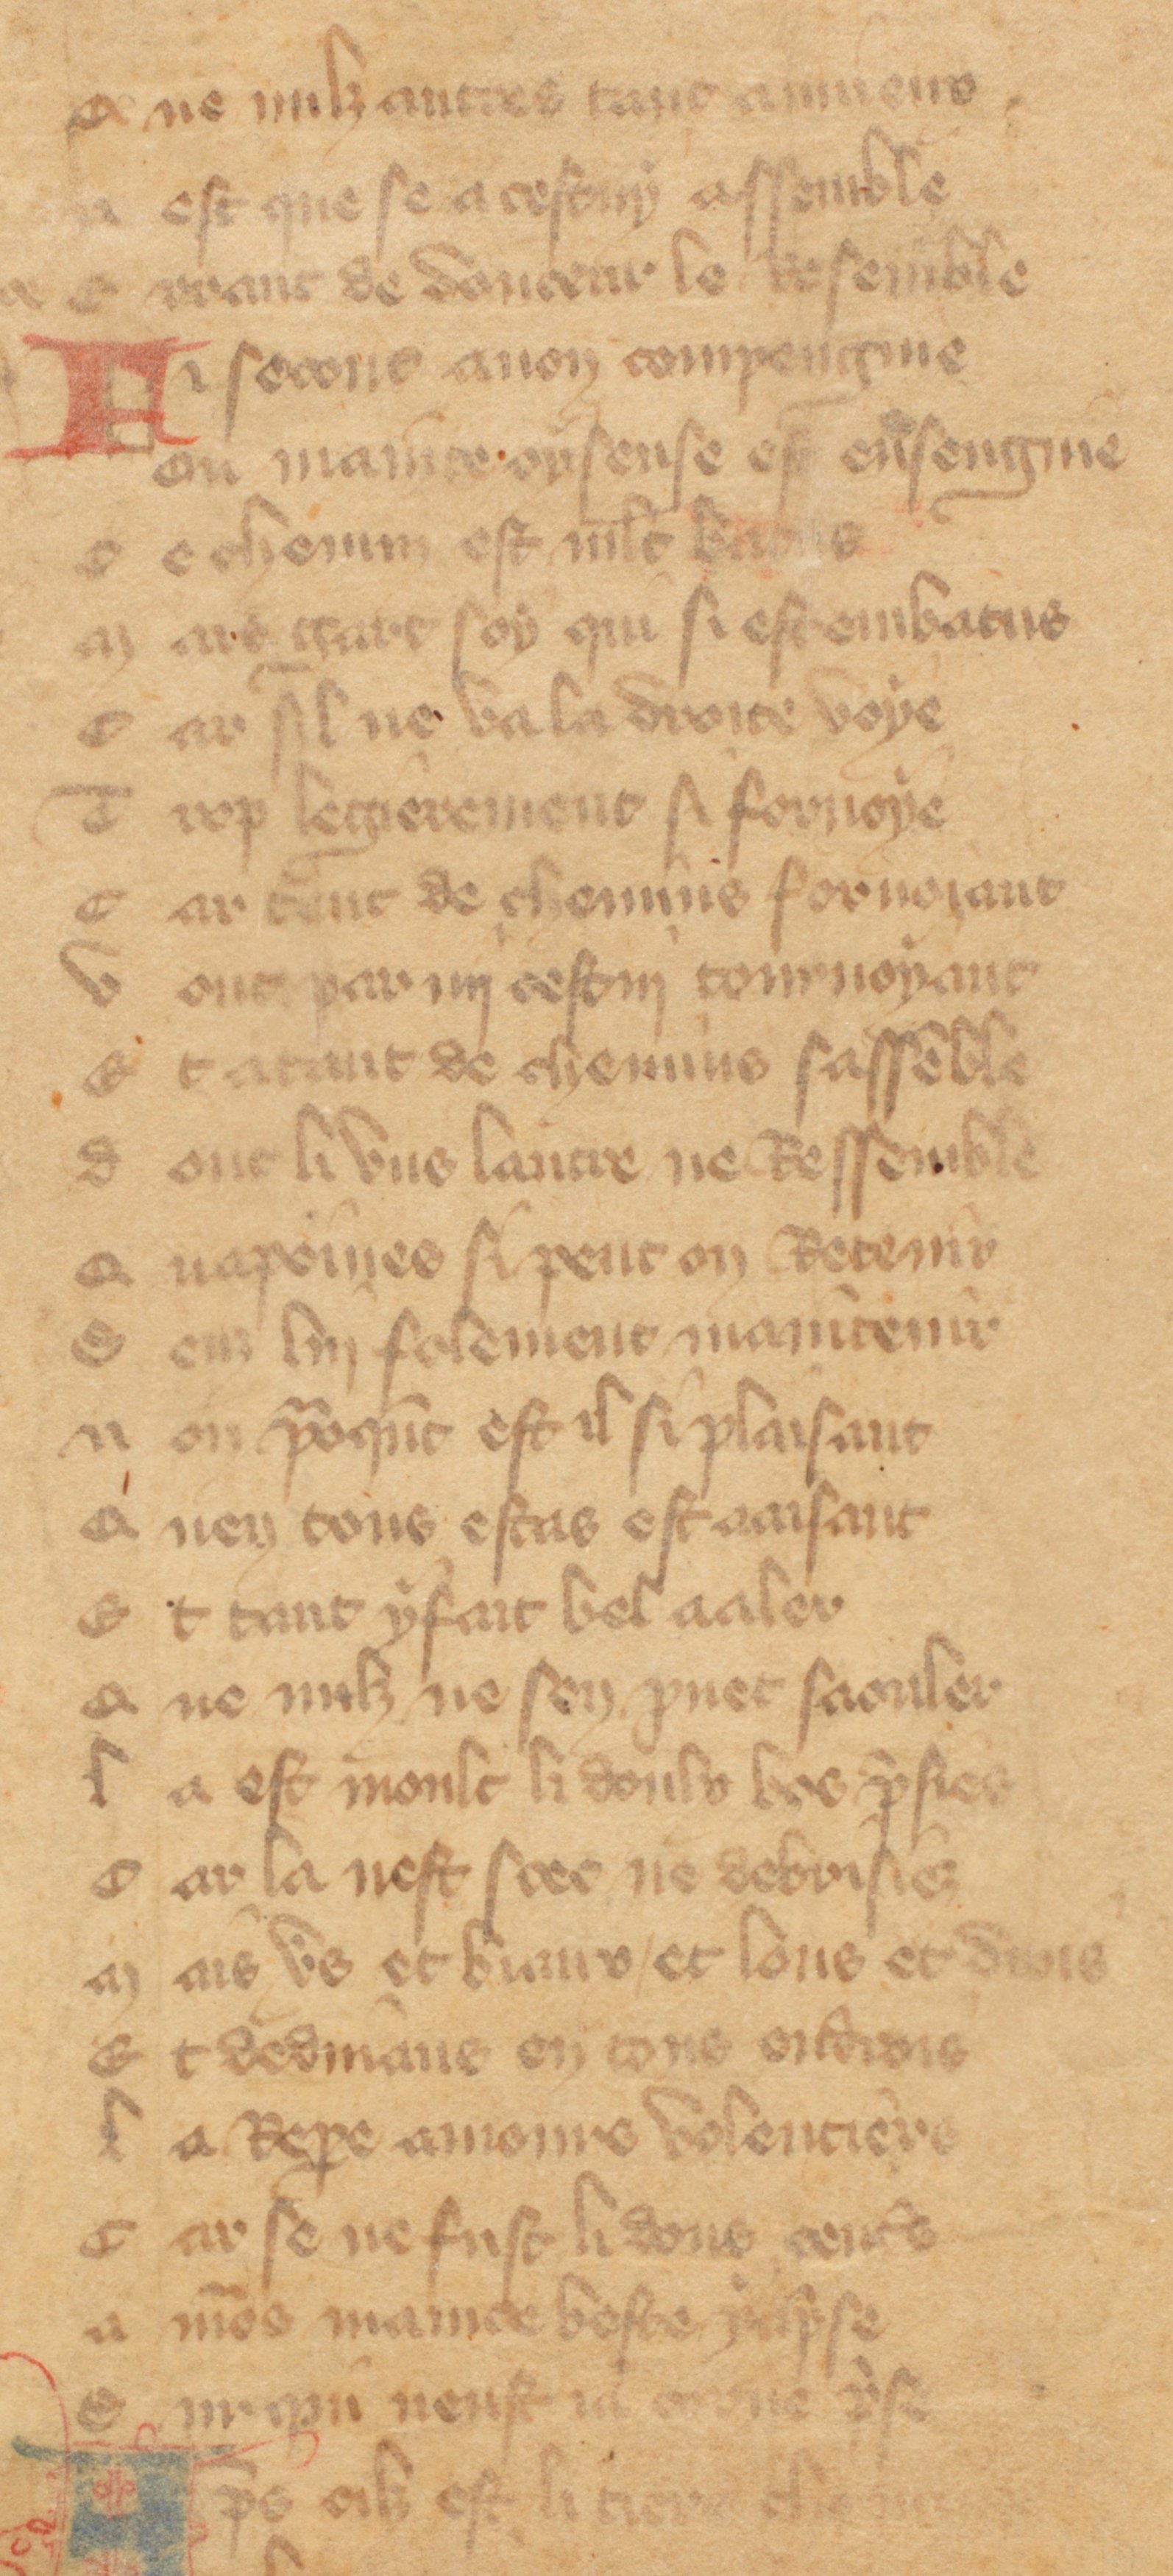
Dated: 1355–1395